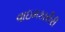
વાઇમકારીરી